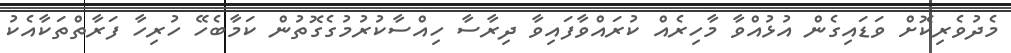
މެދުވެރިކޮށް ވަޑައިގެން އުޅުއްވާ މާހިރެއް ކުރައްވާފައިވާ ދިރާސާ ހިއްސާކުރުމުގެގޮތުން ކަމާބެހޭ ހުރިހާ ފަރާތްތަކާއެކު